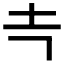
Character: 𰉕